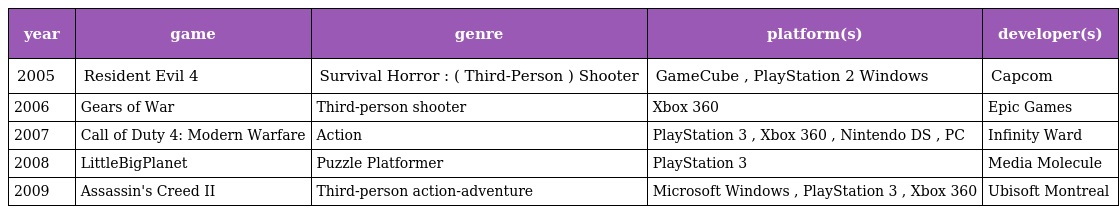
| year | game | genre | platform(s) | developer(s) |
 | --- | --- | --- | --- | --- |
 | 2005 | Resident Evil 4 | Survival Horror : ( Third-Person ) Shooter | GameCube , PlayStation 2 Windows | Capcom |
 | 2006 | Gears of War | Third-person shooter | Xbox 360 | Epic Games |
 | 2007 | Call of Duty 4: Modern Warfare | Action | PlayStation 3 , Xbox 360 , Nintendo DS , PC | Infinity Ward |
 | 2008 | LittleBigPlanet | Puzzle Platformer | PlayStation 3 | Media Molecule |
 | 2009 | Assassin's Creed II | Third-person action-adventure | Microsoft Windows , PlayStation 3 , Xbox 360 | Ubisoft Montreal |